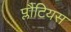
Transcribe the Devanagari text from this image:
प्लौटियस